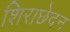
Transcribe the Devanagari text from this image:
शिराछेदन